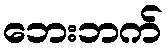
ဘေးဘက်